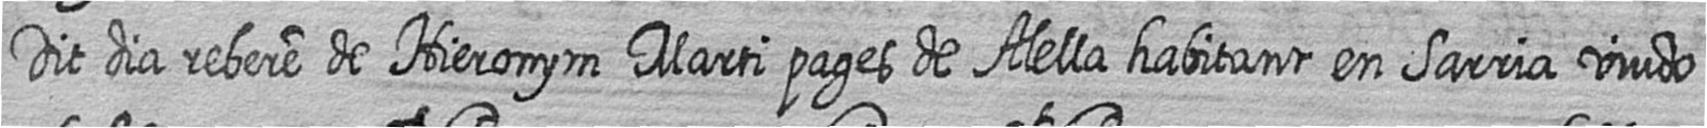
Dit dia rebere de Hieronym Marti pages de Alella habitant en Sarria viudo